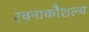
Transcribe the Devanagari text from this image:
रचनाकौशल्य